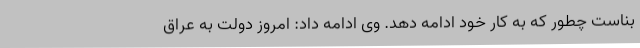
بناست چطور که به کار خود ادامه دهد. وی ادامه داد: امروز دولت به عراق